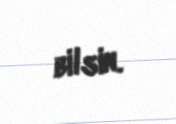
bilsin.